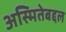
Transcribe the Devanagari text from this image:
अस्मितेबद्दल